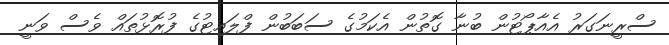
ސްރީނަގަރު އެއާޕޯޓުން ބުނާ ގޮތުން އެކަމުގެ ސަބަބުން ފްލައިޓުގެ ފުރޮޅުތައް ވެސް ވަނީ